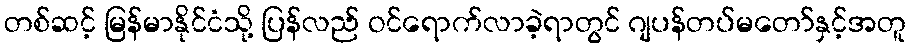
တစ်ဆင့် မြန်မာနိုင်ငံသို့ ပြန်လည် ဝင်ရောက်လာခဲ့ရာတွင် ဂျပန်တပ်မတော်နှင့်အတူ